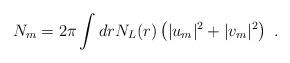
LaTeX: \begin{align*}N_m = 2 \pi \int dr N_L(r)\left(|u_m|^2+|v_m|^2\right)~.\end{align*}